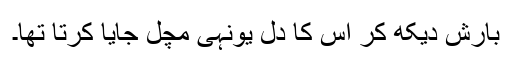
بارش دیکھ کر اس کا دل یونہی مچل جایا کرتا تھا۔